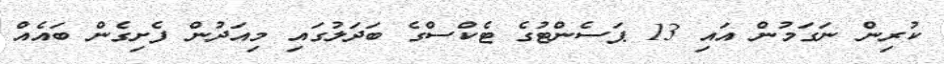
ކުރިން ނަގަމުން އައި 13 ޕަސެންޓުގެ ޓެކްސްގެ ބަދަލުގައި މިއަދުން ފެށިގެން ބައެއް